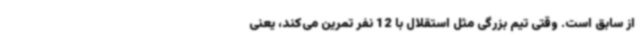
از سابق است. وقتی تیم بزرگی مثل استقلال با 12 نفر تمرین می‌کند، یعنی